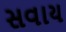
સવાય